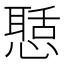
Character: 𢡲